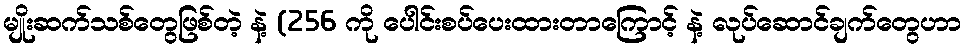
မျိုးဆက်သစ်တွေဖြစ်တဲ့ နဲ့ (256 ကို ပေါင်းစပ်ပေးထားတာကြောင့် နဲ့ လုပ်ဆောင်ချက်တွေဟာ